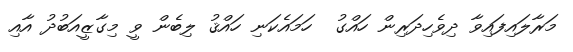
މަރާލައިފައިވާ ދިވެހިދަރިން ހައްގު  ހަމައެކަނި ހައްޤު ލިބެން ވީ މިގާޒީއަބުދު އާއި